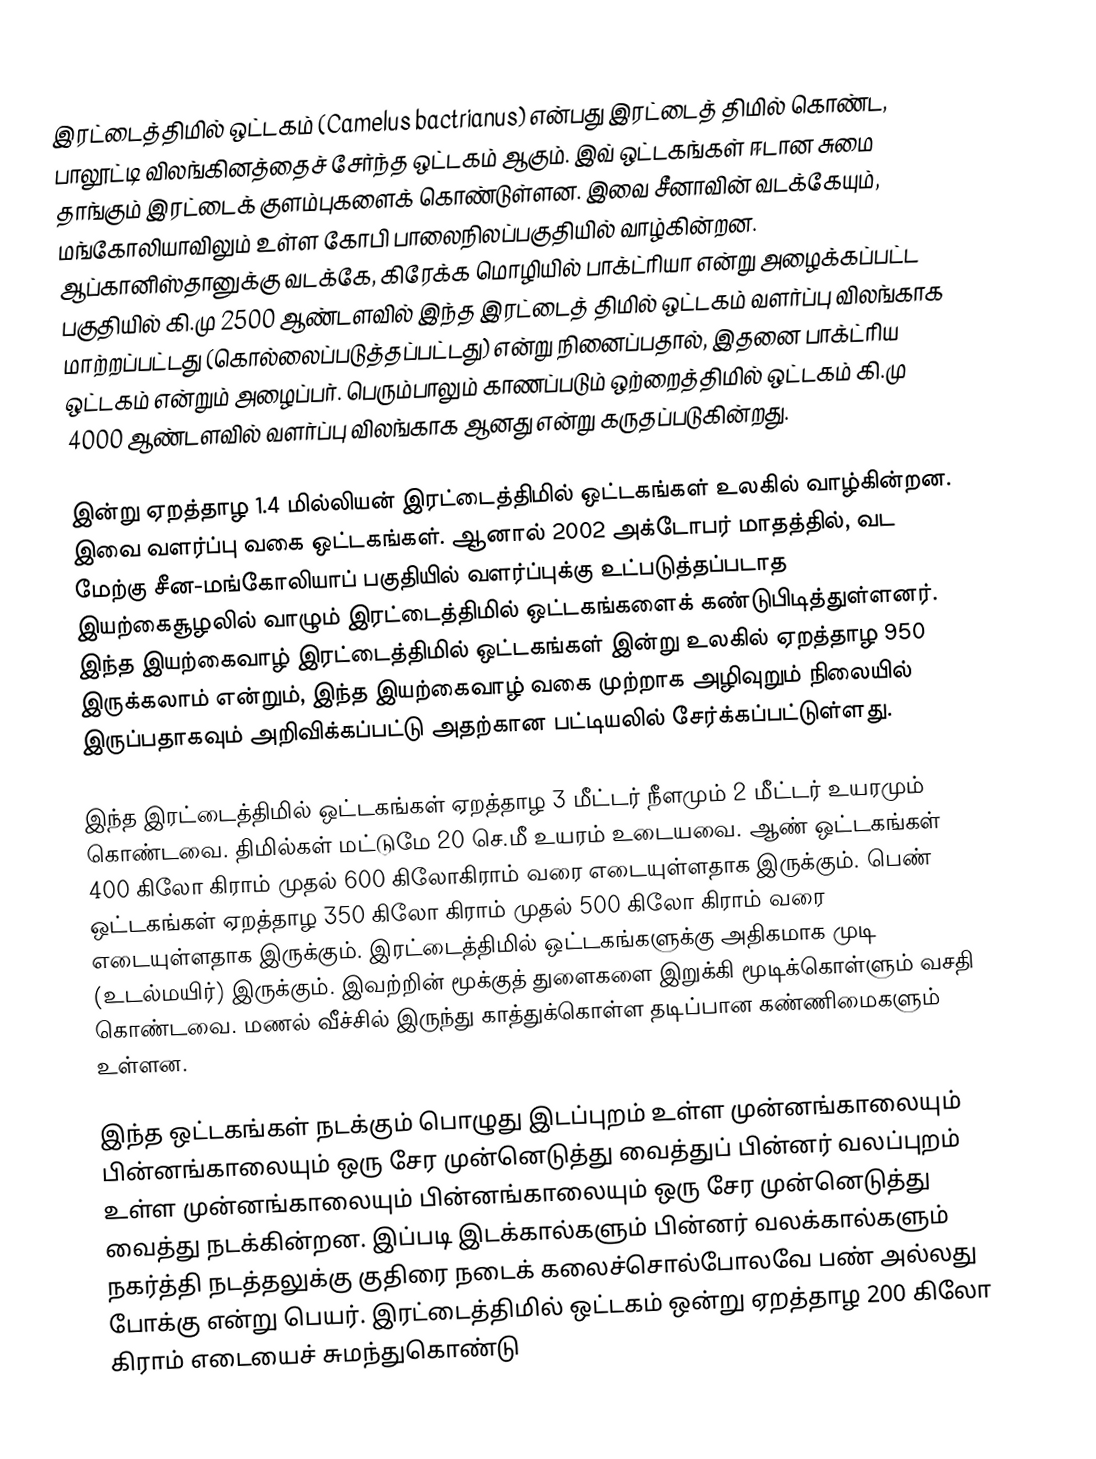
இரட்டைத்திமில் ஒட்டகம்  (Camelus bactrianus) என்பது இரட்டைத் திமில் கொண்ட, பாலூட்டி விலங்கினத்தைச் சேர்ந்த ஒட்டகம் ஆகும். இவ் ஒட்டகங்கள் ஈடான சுமை தாங்கும் இரட்டைக் குளம்புகளைக் கொண்டுள்ளன. இவை சீனாவின் வடக்கேயும், மங்கோலியாவிலும் உள்ள கோபி பாலைநிலப்பகுதியில் வாழ்கின்றன. ஆப்கானிஸ்தானுக்கு வடக்கே, கிரேக்க மொழியில் பாக்ட்ரியா என்று அழைக்கப்பட்ட பகுதியில் கி.மு 2500 ஆண்டளவில் இந்த இரட்டைத் திமில் ஒட்டகம் வளர்ப்பு விலங்காக மாற்றப்பட்டது (கொல்லைப்படுத்தப்பட்டது) என்று நினைப்பதால், இதனை பாக்ட்ரிய ஒட்டகம் என்றும் அழைப்பர். பெரும்பாலும் காணப்படும் ஒற்றைத்திமில் ஒட்டகம் கி.மு 4000 ஆண்டளவில் வளர்ப்பு விலங்காக ஆனது என்று கருதப்படுகின்றது.

இன்று ஏறத்தாழ 1.4 மில்லியன் இரட்டைத்திமில் ஒட்டகங்கள் உலகில் வாழ்கின்றன. இவை வளர்ப்பு வகை ஒட்டகங்கள். ஆனால் 2002 அக்டோபர் மாதத்தில், வட மேற்கு சீன-மங்கோலியாப் பகுதியில் வளர்ப்புக்கு உட்படுத்தப்படாத இயற்கைசூழலில் வாழும் இரட்டைத்திமில் ஒட்டகங்களைக் கண்டுபிடித்துள்ளனர். இந்த இயற்கைவாழ் இரட்டைத்திமில் ஒட்டகங்கள் இன்று உலகில் ஏறத்தாழ 950 இருக்கலாம் என்றும், இந்த இயற்கைவாழ் வகை முற்றாக அழிவுறும் நிலையில் இருப்பதாகவும் அறிவிக்கப்பட்டு அதற்கான பட்டியலில் சேர்க்கப்பட்டுள்ளது.

இந்த இரட்டைத்திமில் ஒட்டகங்கள் ஏறத்தாழ 3 மீட்டர் நீளமும் 2 மீட்டர் உயரமும் கொண்டவை. திமில்கள் மட்டுமே 20 செ.மீ உயரம் உடையவை. ஆண் ஒட்டகங்கள் 400 கிலோ கிராம் முதல் 600 கிலோகிராம் வரை எடையுள்ளதாக இருக்கும். பெண் ஒட்டகங்கள் ஏறத்தாழ 350 கிலோ கிராம் முதல் 500 கிலோ கிராம் வரை எடையுள்ளதாக இருக்கும். இரட்டைத்திமில் ஒட்டகங்களுக்கு அதிகமாக முடி (உடல்மயிர்) இருக்கும். இவற்றின் மூக்குத் துளைகளை இறுக்கி மூடிக்கொள்ளும் வசதி கொண்டவை. மணல் வீச்சில் இருந்து காத்துக்கொள்ள தடிப்பான கண்ணிமைகளும்  உள்ளன.

இந்த ஒட்டகங்கள் நடக்கும் பொழுது இடப்புறம் உள்ள முன்னங்காலையும் பின்னங்காலையும் ஒரு சேர முன்னெடுத்து வைத்துப் பின்னர் வலப்புறம் உள்ள முன்னங்காலையும் பின்னங்காலையும் ஒரு சேர முன்னெடுத்து வைத்து நடக்கின்றன. இப்படி இடக்கால்களும் பின்னர் வலக்கால்களும் நகர்த்தி நடத்தலுக்கு குதிரை நடைக் கலைச்சொல்போலவே பண் அல்லது போக்கு என்று பெயர். இரட்டைத்திமில் ஒட்டகம் ஒன்று ஏறத்தாழ 200 கிலோ கிராம் எடையைச் சுமந்துகொண்டு